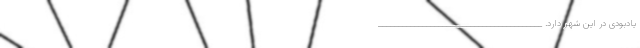
یادبودی در این شهر دارد. _________________________________________